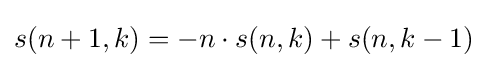
s(n+1,k)=-n\cdot s(n,k)+s(n,k-1)